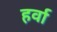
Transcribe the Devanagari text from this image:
हर्वा